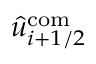
\hat { u } _ { i + 1 / 2 } ^ { \mathrm { c o m } }